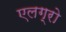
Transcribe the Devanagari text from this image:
एलग्रो